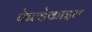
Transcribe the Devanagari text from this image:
फेल्डेक्राइस